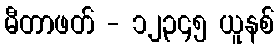
မီတာဖတ် - ၁၂၃၄၅ ယူနစ်